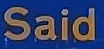
Said